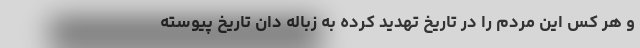
و هر کس این مردم را در تاریخ تهدید کرده به زباله دان تاریخ پیوسته